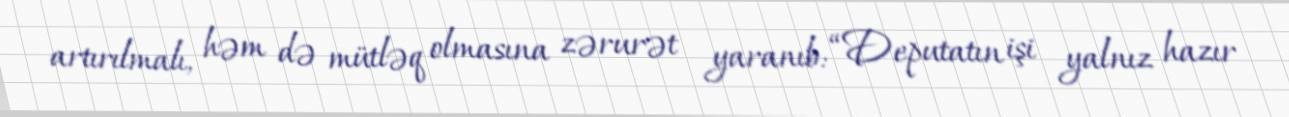
artırılmalı, həm də mütləq olmasına zərurət yaranıb: “Deputatın işi yalnız hazır